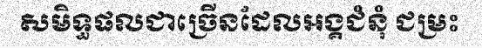
សមិទ្ធផលជាច្រើនដែលអង្គជំនុំ ជម្រះ